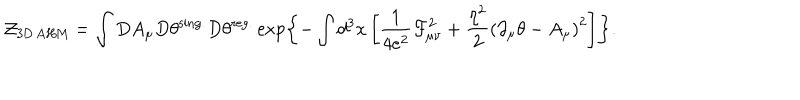
{ \cal Z } _ { \mathrm { 3 D { \, } A H M } } = \int D A _ { \mu } D \theta ^ { \mathrm { s i n g . } } D \theta ^ { \mathrm { r e g . } } \exp \left\{ - \int d ^ { 3 } x \left[ \frac { 1 } { 4 e ^ { 2 } } { \cal F } _ { \mu \nu } ^ { 2 } + \frac { \eta ^ { 2 } } { 2 } \left( \partial _ { \mu } \theta - A _ { \mu } \right) ^ { 2 } \right] \right\} .